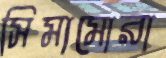
সিমামোরা